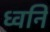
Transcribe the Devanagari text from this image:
ध्‍वनि